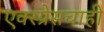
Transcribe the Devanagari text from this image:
एक्स्प्रेसचाही